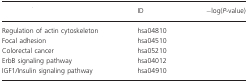
<table><thead><tr><td>[EMPTY_CELL]</td><td><b>ID</b></td><td><b>−log(<i>P</i>-value)</b></td></tr></thead><tbody><tr><td>Regulation of actin cytoskeleton</td><td>hsa04810</td><td>[EMPTY_CELL]</td></tr><tr><td>Focal adhesion</td><td>hsa04510</td><td>[EMPTY_CELL]</td></tr><tr><td>Colorectal cancer</td><td>hsa05210</td><td>[EMPTY_CELL]</td></tr><tr><td>ErbB signaling pathway</td><td>hsa04012</td><td>[EMPTY_CELL]</td></tr><tr><td>IGF1/Insulin signaling pathway</td><td>hsa04910</td><td>[EMPTY_CELL]</td></tr></tbody></table>